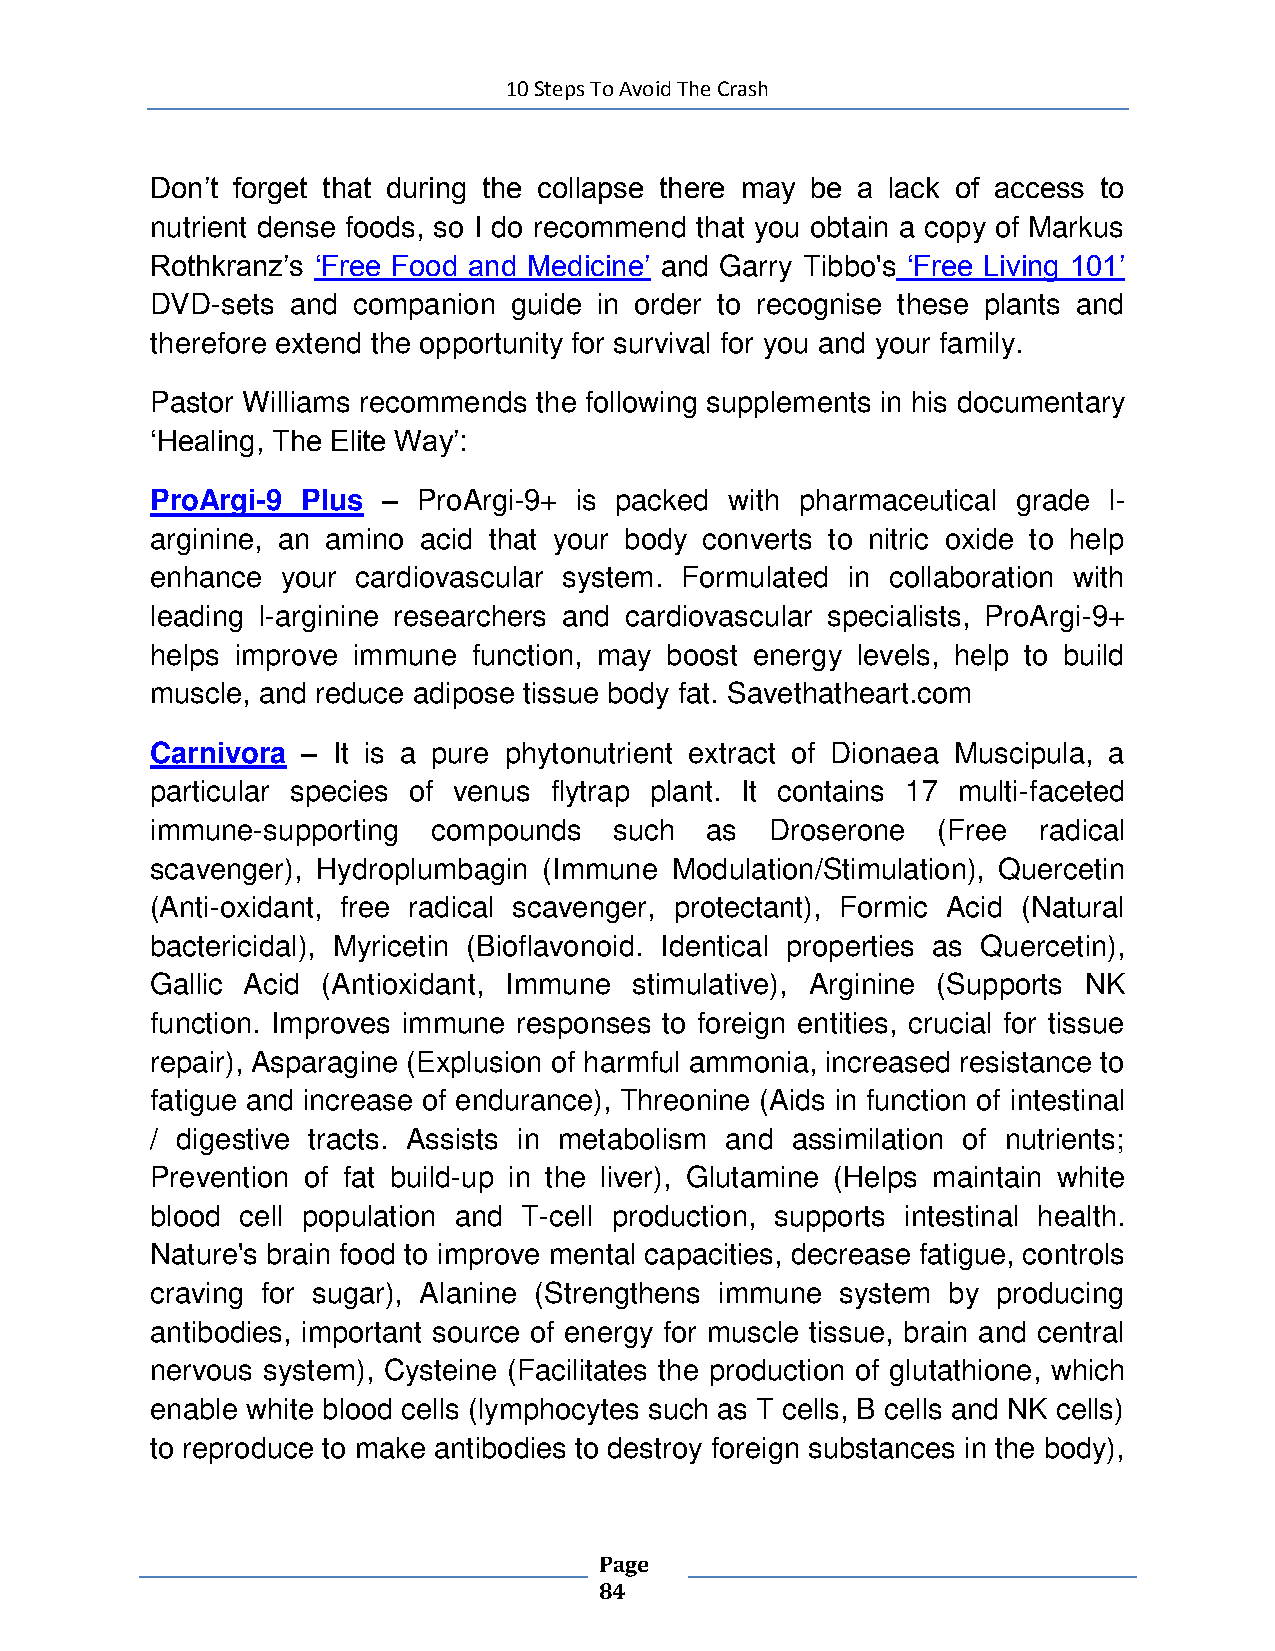
10 Steps To Avoid The Crash
 Don’t forget that during the collapse there may be a lack of access to
 nutrient dense foods, so I do recommend that you obtain a copy of Markus
 Rothkranz’s ‘Free Food and Medicine’ and Garry Tibbo's ‘Free Living 101’
 DVD-sets and companion  guide in order to recognise these plants and
 therefore extend the opportunity for survival for you and your family.
 Pastor Williams recommends the following supplements in his documentary
 ‘Healing, The Elite Way’:
 ProArgi-9 Plus –  ProArgi-9+ is packed with pharmaceutical grade l-
 arginine, an amino acid that your body converts to nitric oxide to help
 enhance  your cardiovascular system. Formulated in collaboration with
 leading l-arginine researchers and cardiovascular specialists, ProArgi-9+
 helps improve immune function, may boost energy levels, help to build
 muscle, and reduce adipose tissue body fat. Savethatheart.com
 Carnivora – It is a pure phytonutrient extract of Dionaea Muscipula, a
 particular species of venus flytrap plant. It contains 17 multi-faceted
 immune-supporting  compounds   such  as  Droserone  (Free  radical
 scavenger), Hydroplumbagin (Immune Modulation/Stimulation), Quercetin
 (Anti-oxidant, free radical scavenger, protectant), Formic Acid (Natural
 bactericidal), Myricetin (Bioflavonoid. Identical properties as Quercetin),
 Gallic Acid (Antioxidant, Immune stimulative), Arginine (Supports NK
 function. Improves immune responses to foreign entities, crucial for tissue
 repair), Asparagine (Explusion of harmful ammonia, increased resistance to
 fatigue and increase of endurance), Threonine (Aids in function of intestinal
 / digestive tracts. Assists in metabolism and assimilation of nutrients;
 Prevention of fat build-up in the liver), Glutamine (Helps maintain white
 blood cell population and T-cell production, supports intestinal health.
 Nature's brain food to improve mental capacities, decrease fatigue, controls
 craving for sugar), Alanine (Strengthens immune system by producing
 antibodies, important source of energy for muscle tissue, brain and central
 nervous system), Cysteine (Facilitates the production of glutathione, which
 enable white blood cells (lymphocytes such as T cells, B cells and NK cells)
 to reproduce to make antibodies to destroy foreign substances in the body),
 Page
 84